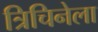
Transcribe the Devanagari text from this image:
त्रिचिनेला